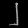
Digit: ၂